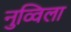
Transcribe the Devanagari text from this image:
नुव्विला